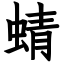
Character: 蜻